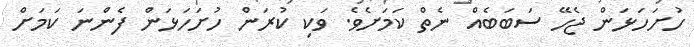
ހުށަހަޅަން ޖެހޭ ސަބަބެއް ނެތް ކަމަށެވެ. ވަކި ކުރަން ހުށަހަޅަން ފެންނަ ކަމަށް